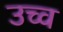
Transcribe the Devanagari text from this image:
उच्व